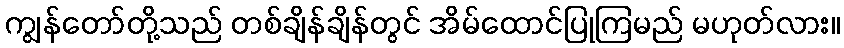
ကျွန်တော်တို့သည် တစ်ချိန်ချိန်တွင် အိမ်ထောင်ပြုကြမည် မဟုတ်လား။